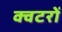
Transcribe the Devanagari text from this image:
क्वटरों